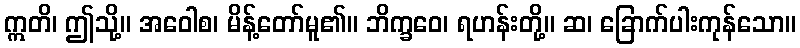
ဣတိ၊ ဤသို့။ အဝေါစ၊ မိန့်တော်မူ၏။ ဘိက္ခဝေ၊ ရဟန်းတို့။ ဆ၊ ခြောက်ပါးကုန်သော။